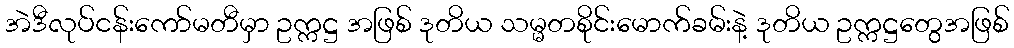
အဲဒီလုပ်ငန်းကော်မတီမှာ ဥက္ကဋ္ဌ အဖြစ် ဒုတိယ သမ္မတစိုင်းမောက်ခမ်းနဲ့ ဒုတိယ ဥက္ကဋ္ဌတွေအဖြစ်